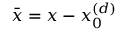
\bar { x } = x - x _ { 0 } ^ { ( d ) }